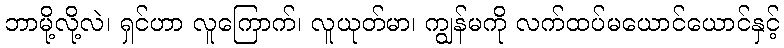
ဘာမို့လို့လဲ၊ ရှင်ဟာ လူကြောက်၊ လူယုတ်မာ၊ ကျွန်မကို လက်ထပ်မယောင်ယောင်နှင့်